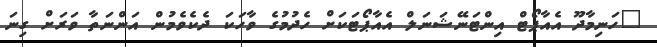
"ހަނިމާދޫ އެއާޕޯޓް އިންޓަނޭޝަނަލް އެއާޕޯޓަކަށް ހެދުމުގެ ވާހަކަ ދެކެވެމުން އަންނަތާ ވަރަށް ގިނަ